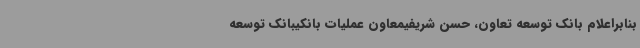
بنابراعلام بانک توسعه تعاون، حسن شریفیمعاون عملیات بانکیبانک توسعه